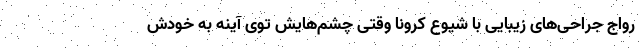
رواج جراحی‌های زیبایی با شیوع کرونا وقتی چشم‌هایش توی آینه به خودش